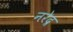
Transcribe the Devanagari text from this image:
नरेद्र